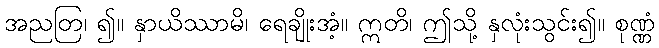
အညတြ၊ ၍။ နှာယိဿာမိ၊ ရေချိုးအံ့။ ဣတိ၊ ဤသို့ နှလုံးသွင်း၍။ စုဏ္ဏံ